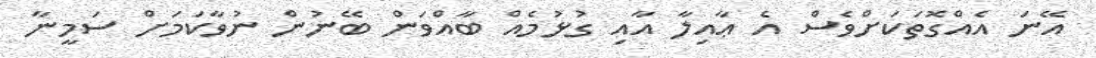
އޭނަ އެއްގޮތަކަށްވެސް އެ ޢާއިލާ އާއި ގުޅުމެއް ބާއްވަން ބޭނުން ނުވާކަމަށް ސަމީނާ